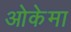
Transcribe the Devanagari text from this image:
ओकेमा